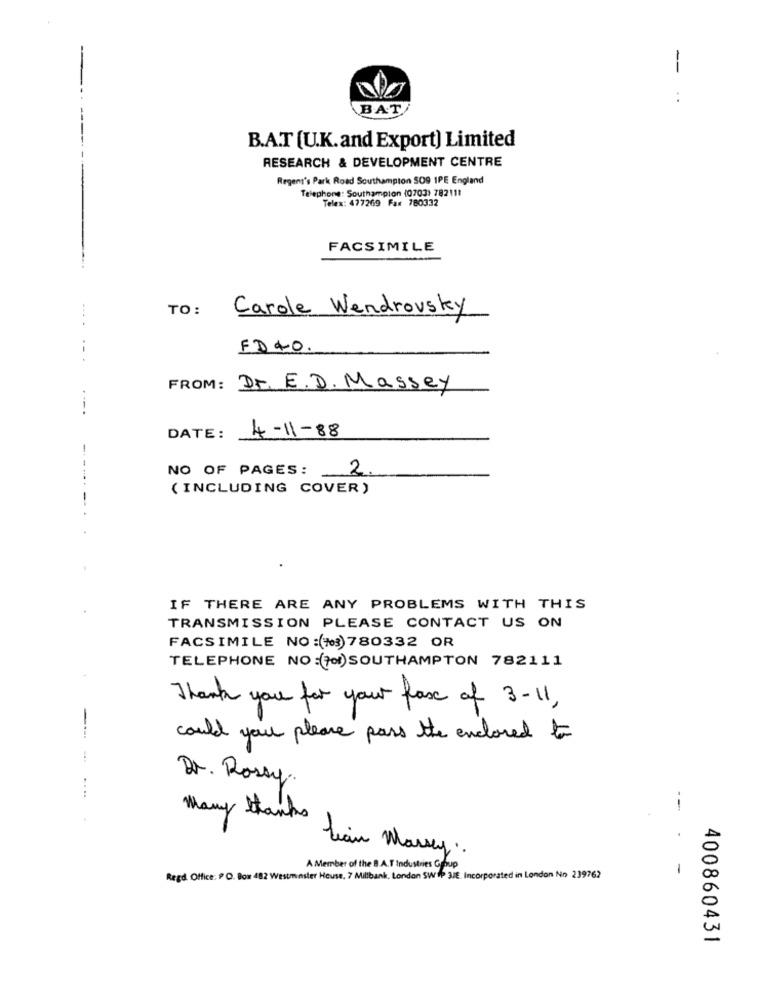
:
BAT
B.A.T (U.K.and Export) Limited
RESEARCH & DEVELOPMENT CENTRE
Regent's Park Road Southampton SOG IPE England
Telephone: Southampton (0703) 782111
Telex: 477269 Fax 780332
FACSIMILE
TO:
Carole Wendrovsky
-.. .
FD 40
.-.
FROM: Dr. E.D. Massey
---.
DATE:
4-11-88
-
NO OF PAGES:
2
( INCLUDING COVER)
--
IF THERE ARE ANY PROBLEMS WITH THIS
TRANSMISSION PLEASE CONTACT US ON
FACSIMILE NO:(763) 780332 OR
TELEPHONE NO:(701) SOUTHAMPTON 782111
Thank you for your fax of 3-11,
could you please pass the enclosed to
Dr. Rossy.
--
Many thanks
Lean Marsy.
A Member of the B.A.T Industries Group
-
Regd. Office: P.O. Box 482 Westminster House, 7 Millbank, London SWI 3/E. Incorporated in London No 239762
400860431